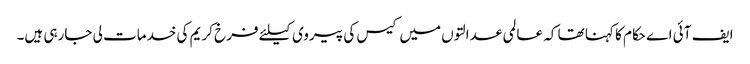
ایف آئی اے حکام کا کہنا تھا کہ عالمی عدالتوں میں کیس کی پیروی کیلئے فرخ کریم کی خدمات لی جارہی ہیں۔